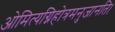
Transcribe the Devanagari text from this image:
ओमित्यग्निहोत्रमनुजानति।